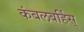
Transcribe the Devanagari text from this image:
कंबलबर्हिस्